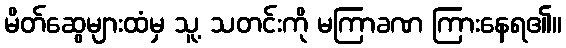
မိတ်ဆွေများထံမှ သူ့ သတင်းကို မကြာခဏ ကြားနေရ၏။